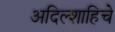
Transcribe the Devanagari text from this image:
अदिल्शाहिचे